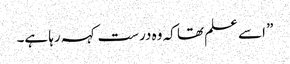
” اسے علم تھا کہ وہ درست کہہ رہا ہے۔